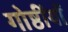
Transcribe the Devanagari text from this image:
गोष्ठींयों